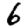
Digit: 6